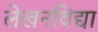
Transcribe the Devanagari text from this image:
लेखनविद्या